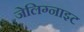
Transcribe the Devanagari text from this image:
जेलिग्नाइट